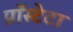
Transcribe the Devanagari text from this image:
प्रॉस्टेटा